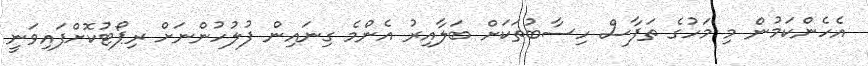
އެހެންކަމުން މި މަހުގެ ތަފާސް ހިސާބުތަކަށް ބަލާއިރު އެންމެ ގިނައިން ފުލުހުންނަށް ރިޕޯޓުކޮށްފައިވަނީ